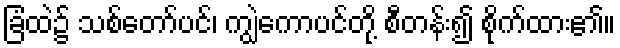
ခြံထဲ၌ သစ်တော်ပင်၊ ကျွဲကောပင်တို့ စီတန်း၍ စိုက်ထား၏။